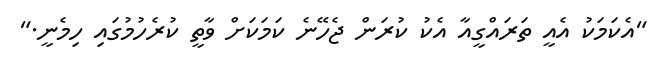
"އެކަމަކު އެއީ ތަރައްގީއާ އެކު ކުރަން ޖެހޭނެ ކަމަކަށް ވާތީ ކުރެހުމުގައި ހިމެނީ."